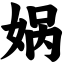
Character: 娲